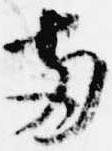
両